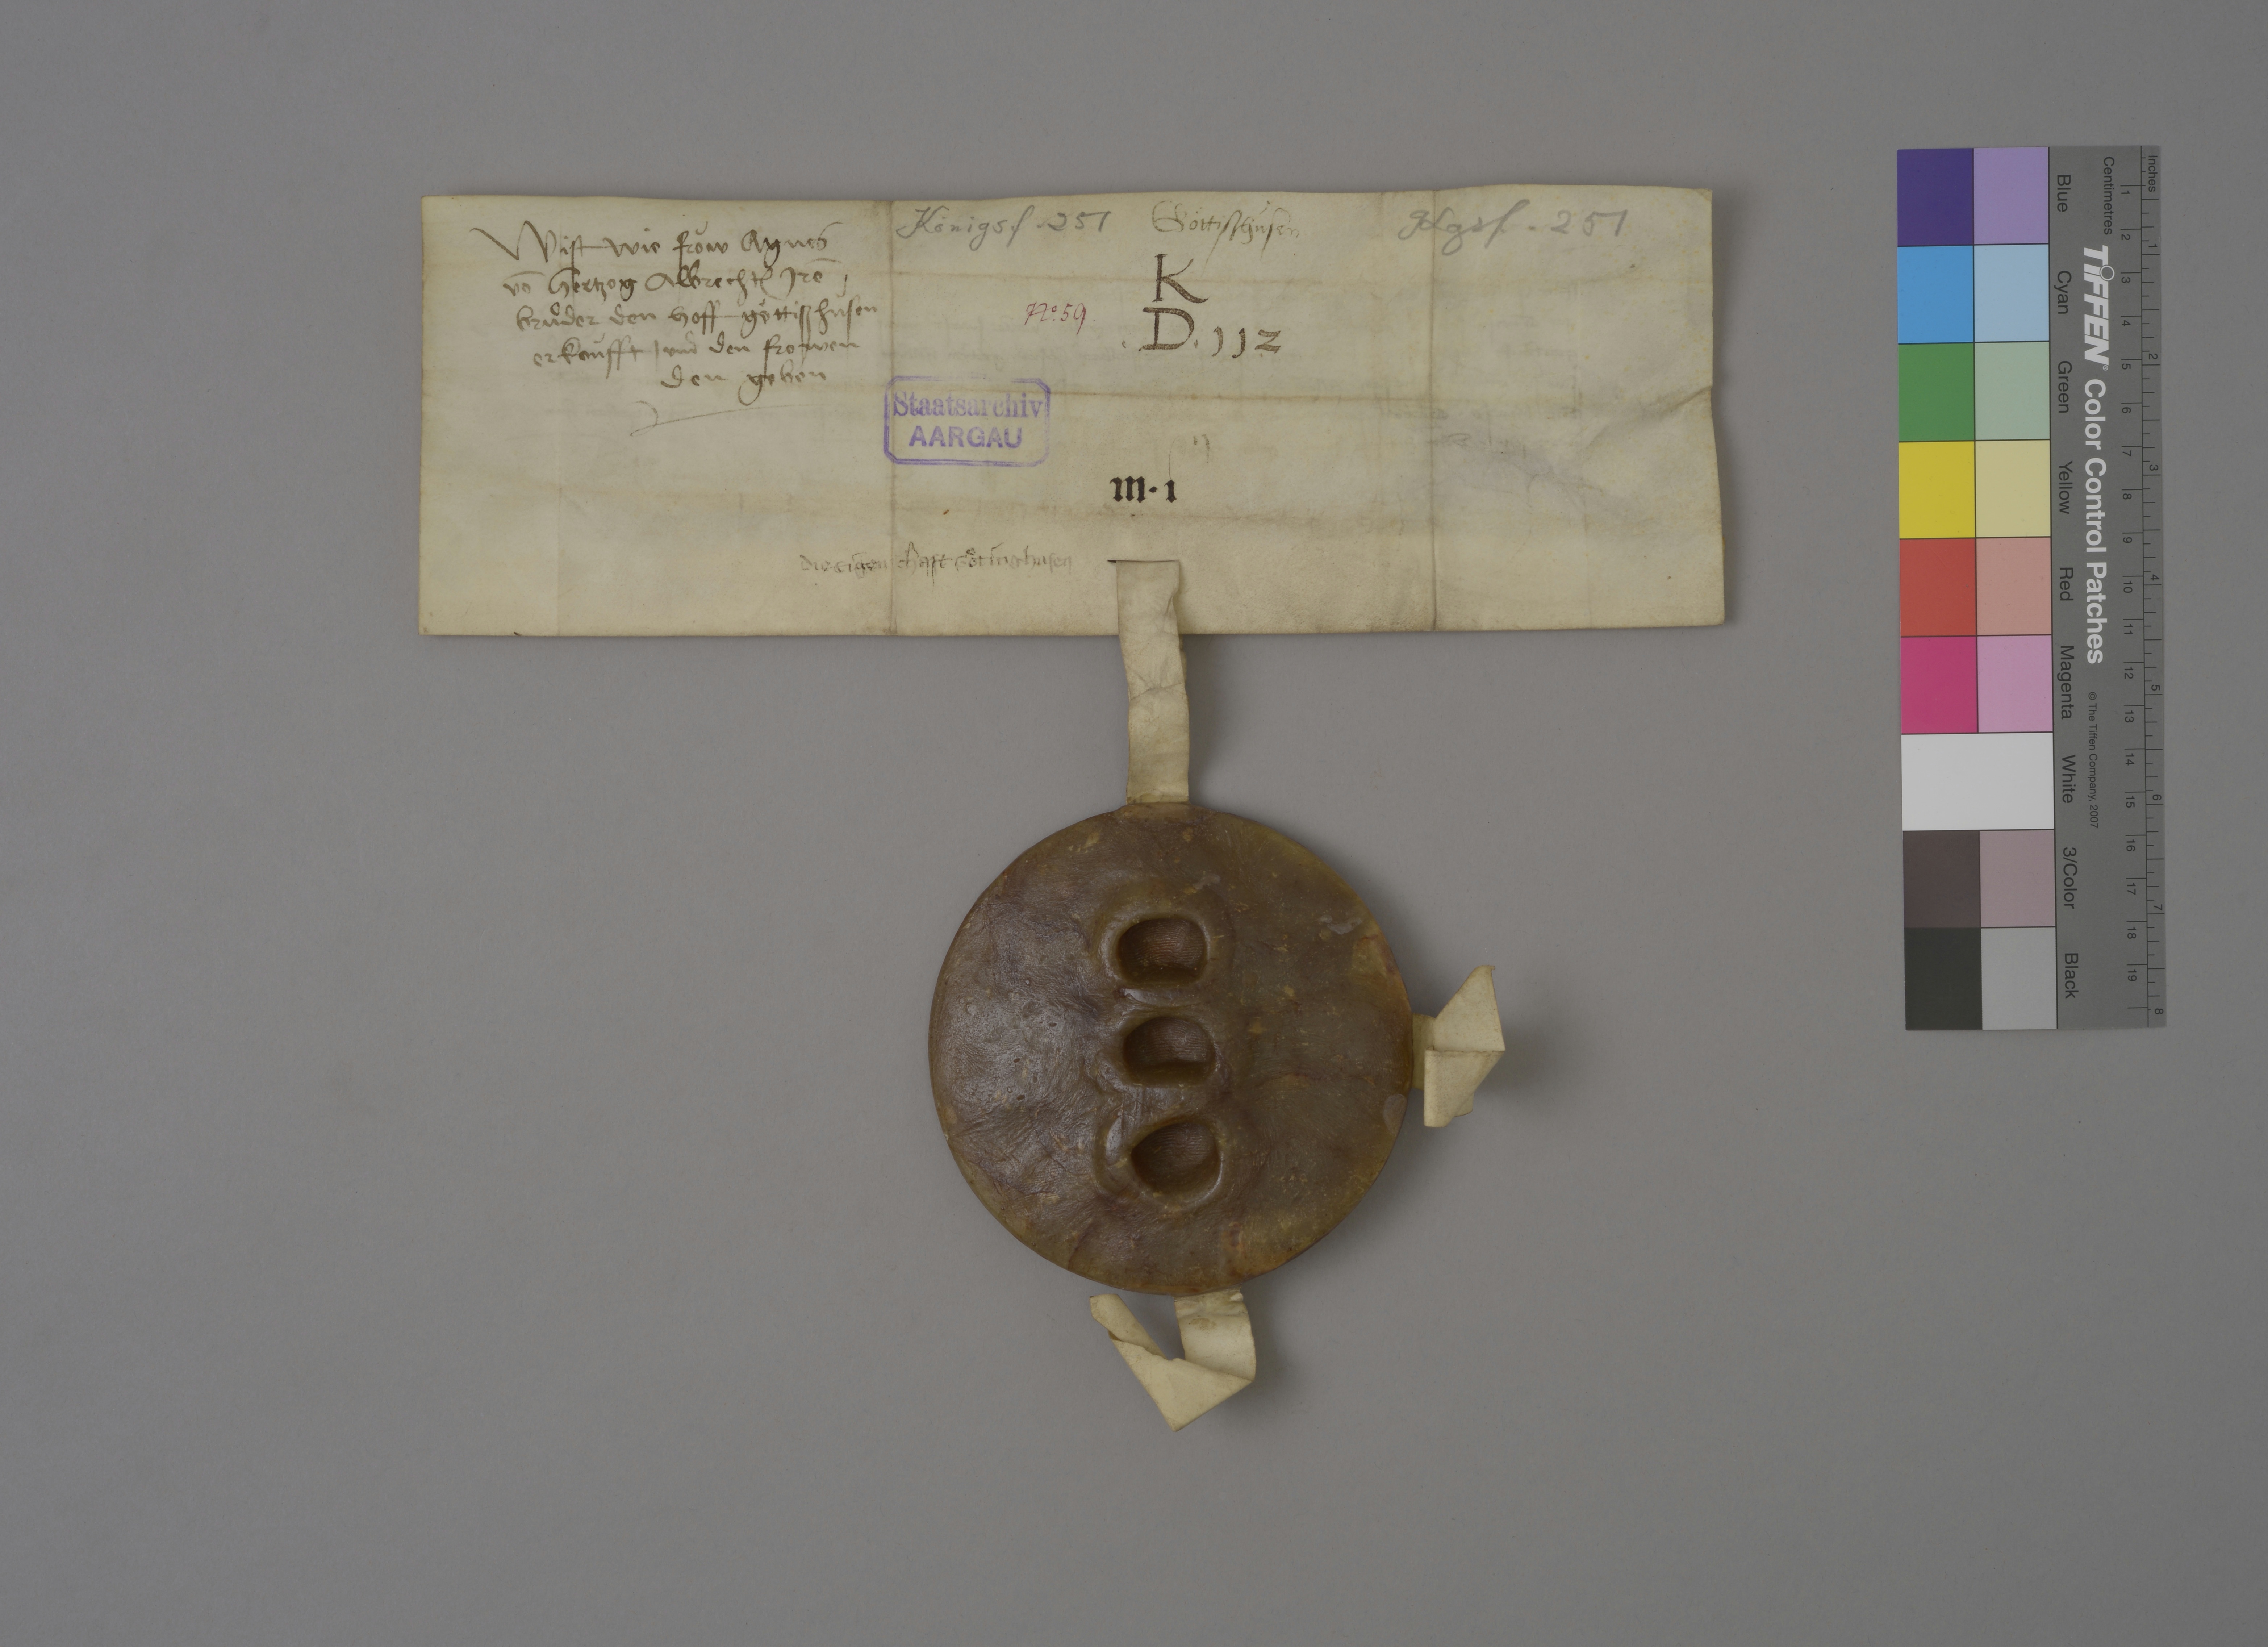
Transcription:
Königsf. 251

Goͤttiszhùsen

Kgsf. 251

wist wie fròw Agnes
vō hertzog Albrecht₎ irē ✳
bruͦder den hoff Goͤttiszhùsen
erkoùfft ✳ und den frowen
den geben

K
✳ D ✳ 112

Nͦ✳ 59 ✳

Staatsarchiv
AARGAU

✳ ij

m ✳ j

die eigenschaft Goͤtinghusen